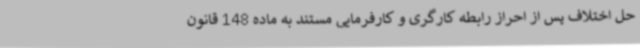
حل اختلاف پس از احراز رابطه کارگری و کارفرمایی مستند به ماده 148 قانون